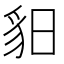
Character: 𧲥